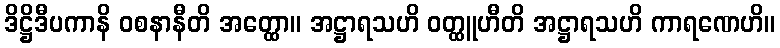
ဒိဋ္ဌိဒီပကာနိ ဝစနာနီတိ အတ္ထော။ အဋ္ဌာရသဟိ ဝတ္ထူဟီတိ အဋ္ဌာရသဟိ ကာရဏေဟိ။